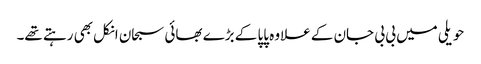
حویلی میں بی بی جان کے علاوہ پاپا کے بڑے بھائی سبحان انکل بھی رہتے تھے۔